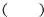
( )